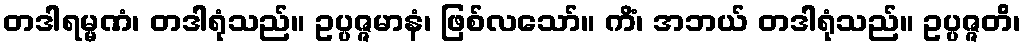
တဒါရမ္မဏံ၊ တဒါရုံသည်။ ဥပ္ပဇ္ဇမာနံ၊ ဖြစ်လသော်။ ကိံ၊ အဘယ် တဒါရုံသည်။ ဥပ္ပဇ္ဇတိ၊